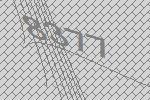
8377